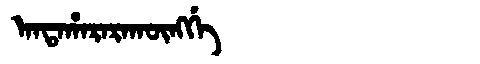
Manchu: ᠠᠨᡨᠠᡥᠠᡵᠠᡵᠠᡴᡡᠩᡤᡝ
Romanization: ANTAHARARAKŪNGGE